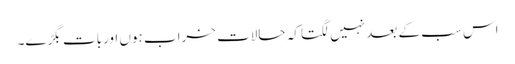
اس سب کے بعد نہیں لگتا کہ حالات خراب ہوں اوربات بگڑے۔